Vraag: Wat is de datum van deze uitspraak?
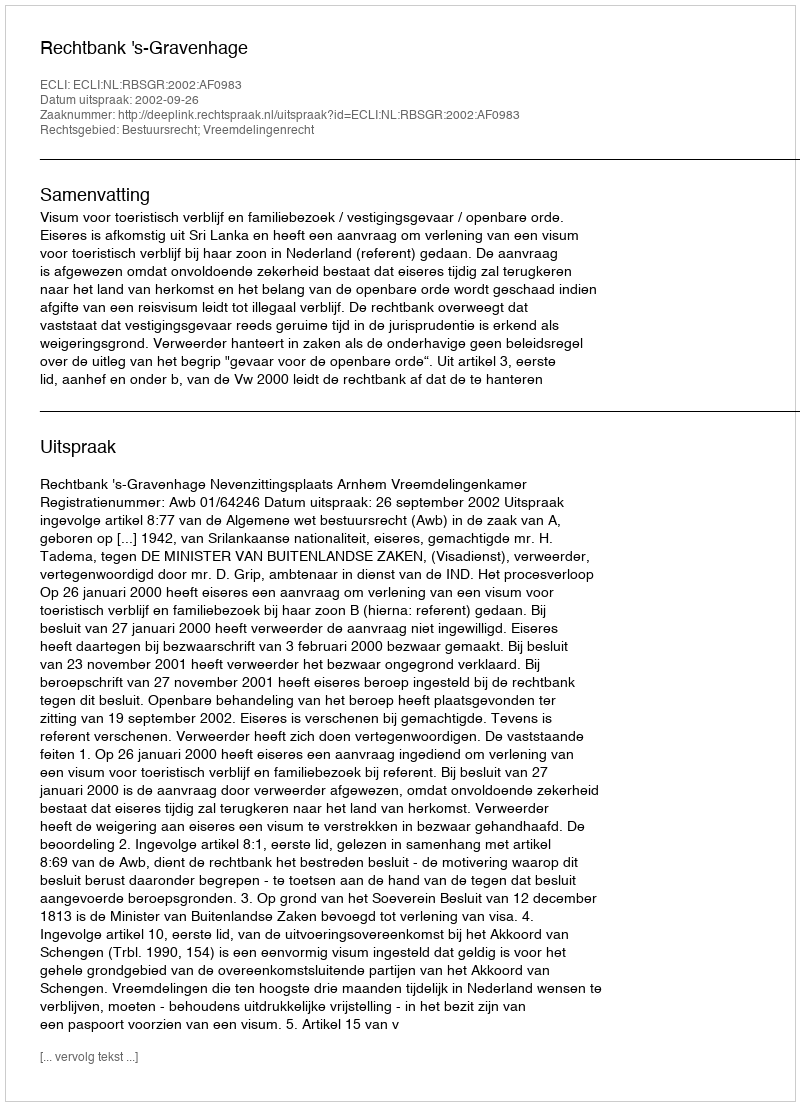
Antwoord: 2002-09-26